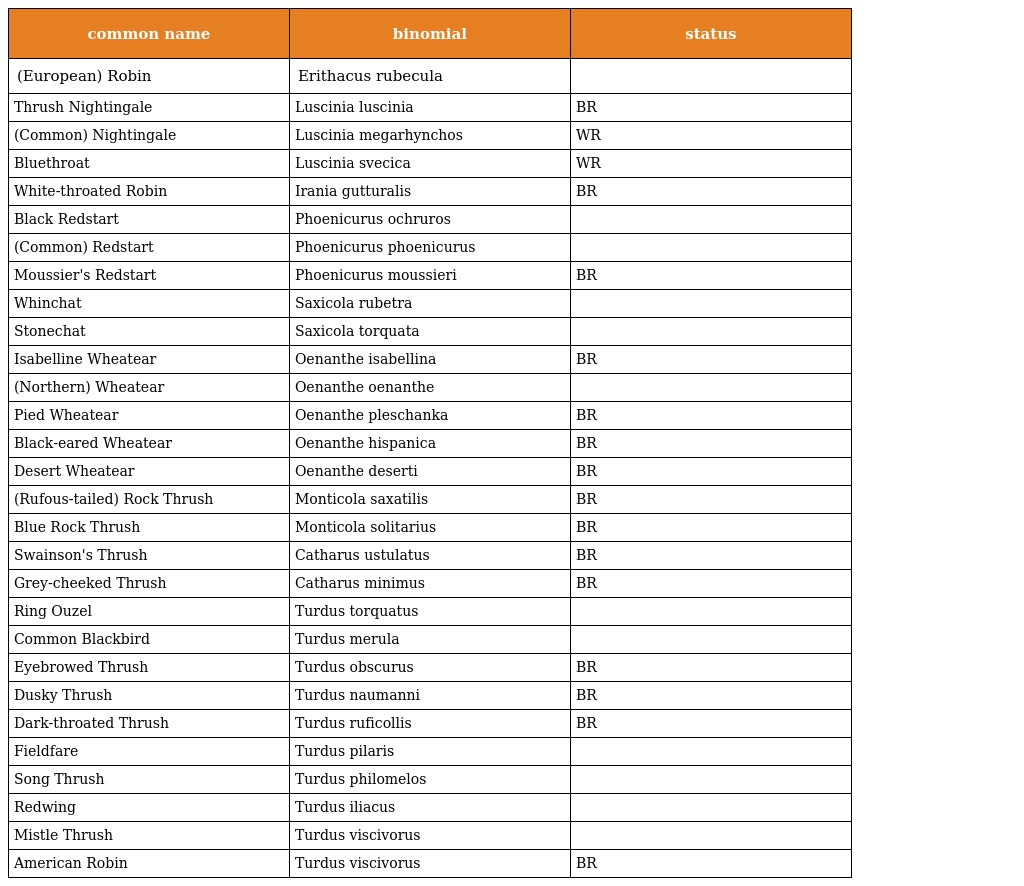
| common name | binomial | status |
 | --- | --- | --- |
 | (European) Robin | Erithacus rubecula |  |
 | Thrush Nightingale | Luscinia luscinia | BR |
 | (Common) Nightingale | Luscinia megarhynchos | WR |
 | Bluethroat | Luscinia svecica | WR |
 | White-throated Robin | Irania gutturalis | BR |
 | Black Redstart | Phoenicurus ochruros |  |
 | (Common) Redstart | Phoenicurus phoenicurus |  |
 | Moussier's Redstart | Phoenicurus moussieri | BR |
 | Whinchat | Saxicola rubetra |  |
 | Stonechat | Saxicola torquata |  |
 | Isabelline Wheatear | Oenanthe isabellina | BR |
 | (Northern) Wheatear | Oenanthe oenanthe |  |
 | Pied Wheatear | Oenanthe pleschanka | BR |
 | Black-eared Wheatear | Oenanthe hispanica | BR |
 | Desert Wheatear | Oenanthe deserti | BR |
 | (Rufous-tailed) Rock Thrush | Monticola saxatilis | BR |
 | Blue Rock Thrush | Monticola solitarius | BR |
 | Swainson's Thrush | Catharus ustulatus | BR |
 | Grey-cheeked Thrush | Catharus minimus | BR |
 | Ring Ouzel | Turdus torquatus |  |
 | Common Blackbird | Turdus merula |  |
 | Eyebrowed Thrush | Turdus obscurus | BR |
 | Dusky Thrush | Turdus naumanni | BR |
 | Dark-throated Thrush | Turdus ruficollis | BR |
 | Fieldfare | Turdus pilaris |  |
 | Song Thrush | Turdus philomelos |  |
 | Redwing | Turdus iliacus |  |
 | Mistle Thrush | Turdus viscivorus |  |
 | American Robin | Turdus viscivorus | BR |